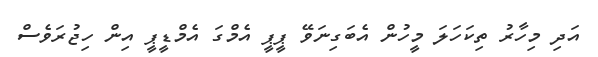
އަދި މިހާރު ތިކަހަލަ މީހުން އެބަގިނަވޭ ޕީޕީ އެމްގަ އެމްޑީޕީ އިން ހިޖުރަވެސް